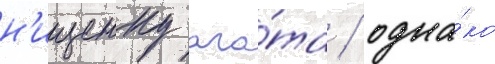
н'ищенку ага́та / одна́ко